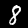
Label: 8